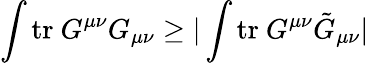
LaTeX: \int\mathrm{tr}~G^{\mu\nu}G_{\mu\nu}\geq|\int\mathrm{tr}~G^{\mu\nu}\tilde{G}_{\mu\nu}|